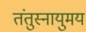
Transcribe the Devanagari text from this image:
तंतुस्नायुमय